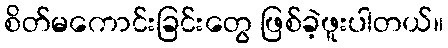
စိတ်မကောင်းခြင်းတွေ ဖြစ်ခဲ့ဖူးပါတယ်။